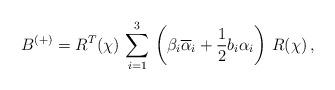
LaTeX: \begin{align*}B^{(+)} = R^T(\chi)\, \sum_{i=1}^3\,\left( \beta_i\overline{\alpha}_i +\frac{1}{2}b_i\alpha_i \right)\, R(\chi)\,,\end{align*}